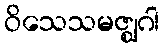
ဝိသေသမဇ္ဈဂါ